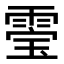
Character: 𮦚